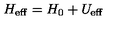
H _ { \mathrm { e f f } } = H _ { 0 } + U _ { \mathrm { e f f } }